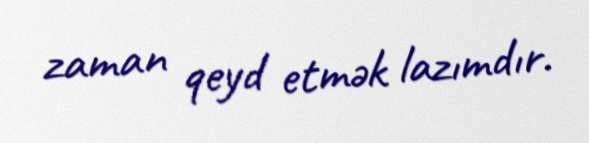
zaman qeyd etmək lazımdır.